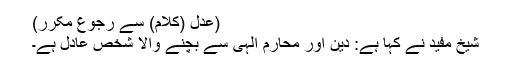
(عدل (کلام) سے رجوع مکرر)
شیخ مفید نے کہا ہے: دین اور محارم الہی سے بچنے والا شخص عادل ہے۔